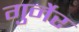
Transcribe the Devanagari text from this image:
गुर्नेर